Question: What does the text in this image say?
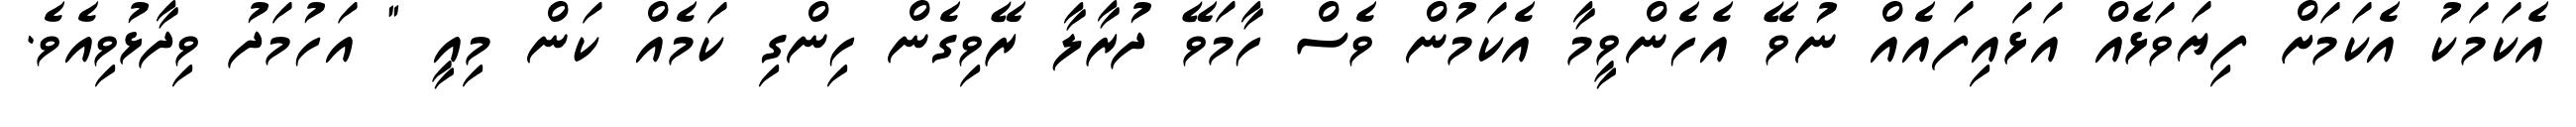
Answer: އެކަމަކު އެކަމަށް ފިޔަވަޅެއް އަޅައިފައެއް ނުވޭ އެހެންވީމާ އެކަމުން ވެސް ހާމަވޭ ދުރާލާ ރޭވިގެން ހިންގި ކަމެއް ކަން މިއީ " އަހުމަދު ވިދާޅުވިއެވެ.